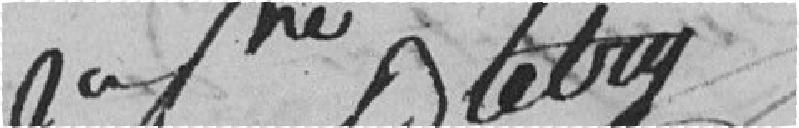
Gagne Btetry